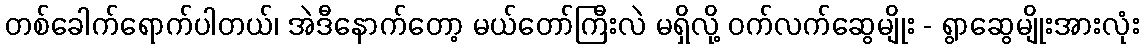
တစ်ခေါက်ရောက်ပါတယ်၊ အဲဒီနောက်တော့ မယ်တော်ကြီးလဲ မရှိလို့ ဝက်လက်ဆွေမျိုး - ရွာဆွေမျိုးအားလုံး